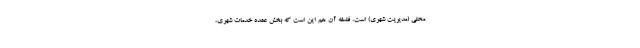
محلی (مدیریت شهری) است. فلسفه آن هم این است که بخش عمده خدمات شهری،